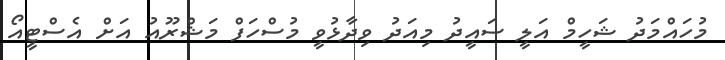
މުހައްމަދު ޝަހީމް އަލީ ސައީދު މިއަދު ވިދާޅުވީ މުސްހަފް މަޝްރޫއު އަށް އެސްޓީއޯ